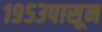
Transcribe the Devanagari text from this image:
१९५३पासून